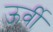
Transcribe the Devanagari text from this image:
ऊर्वी